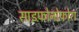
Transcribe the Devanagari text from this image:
साइफ़ोनोफ़ोरा